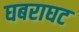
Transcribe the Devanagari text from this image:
घबराघट